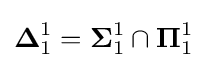
{\boldsymbol {\Delta }}_{1}^{1}={\boldsymbol {\Sigma }}_{1}^{1}\cap {\boldsymbol {\Pi }}_{1}^{1}